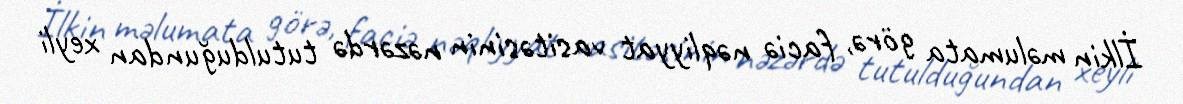
İlkin məlumata görə, faciə nəqliyyat vasitəsinin nəzərdə tutulduğundan xeyli